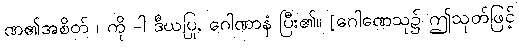
ဏ၏အစိတ် ၊ ကို -ါ ဒီဃပြု, ဂေါဏာနံ ပြီး၏။ [ဂေါဏေသု၌ ဤသုတ်ဖြင့်